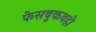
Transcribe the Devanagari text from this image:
फेसबुकवही